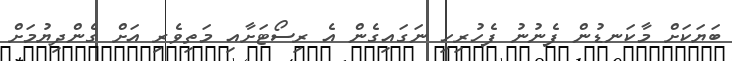
ބަޔަކަށް މާކަނޑުން ފެނުނު ފެހުރިހި ނަގައިގެން އެ ރިސޯޓަށާއި މަތިވެރި އަށް ގެންދިޔުމަށް